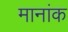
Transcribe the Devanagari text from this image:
मानांक